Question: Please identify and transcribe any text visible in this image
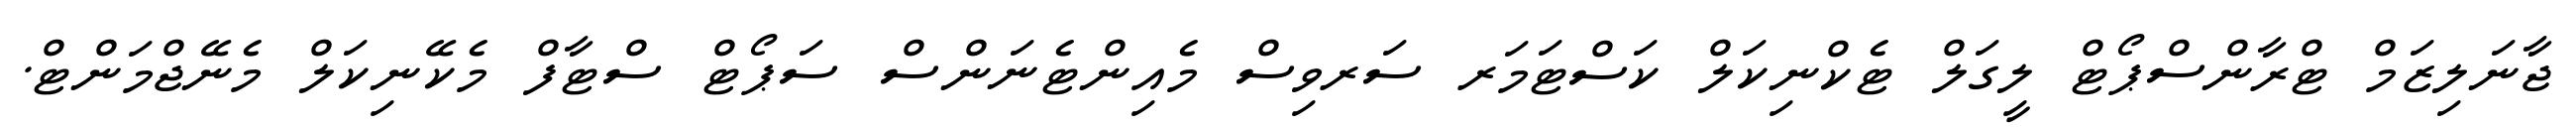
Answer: ޖާނަލިޒަމް ޓްރާންސްޕޯޓް ލީގަލް ޓެކްނިކަލް ކަސްޓަމަރ ސަރވިސް މެއިންޓެނަންސް ސަޕޯޓް ސްޓާފް މެކޭނިކަލް މެނޭޖްމަންޓް.